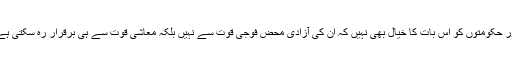
اور حکومتوں کو اس بات کا خیال بھی نہیں کہ ان کی آزادی محض فوجی قوت سے نہیں بلکہ معاشی قوت سے ہی برقرار رہ سکتی ہے۔